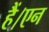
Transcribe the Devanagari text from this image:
हैं।एन